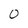
Character: 0